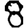
Digit: 8